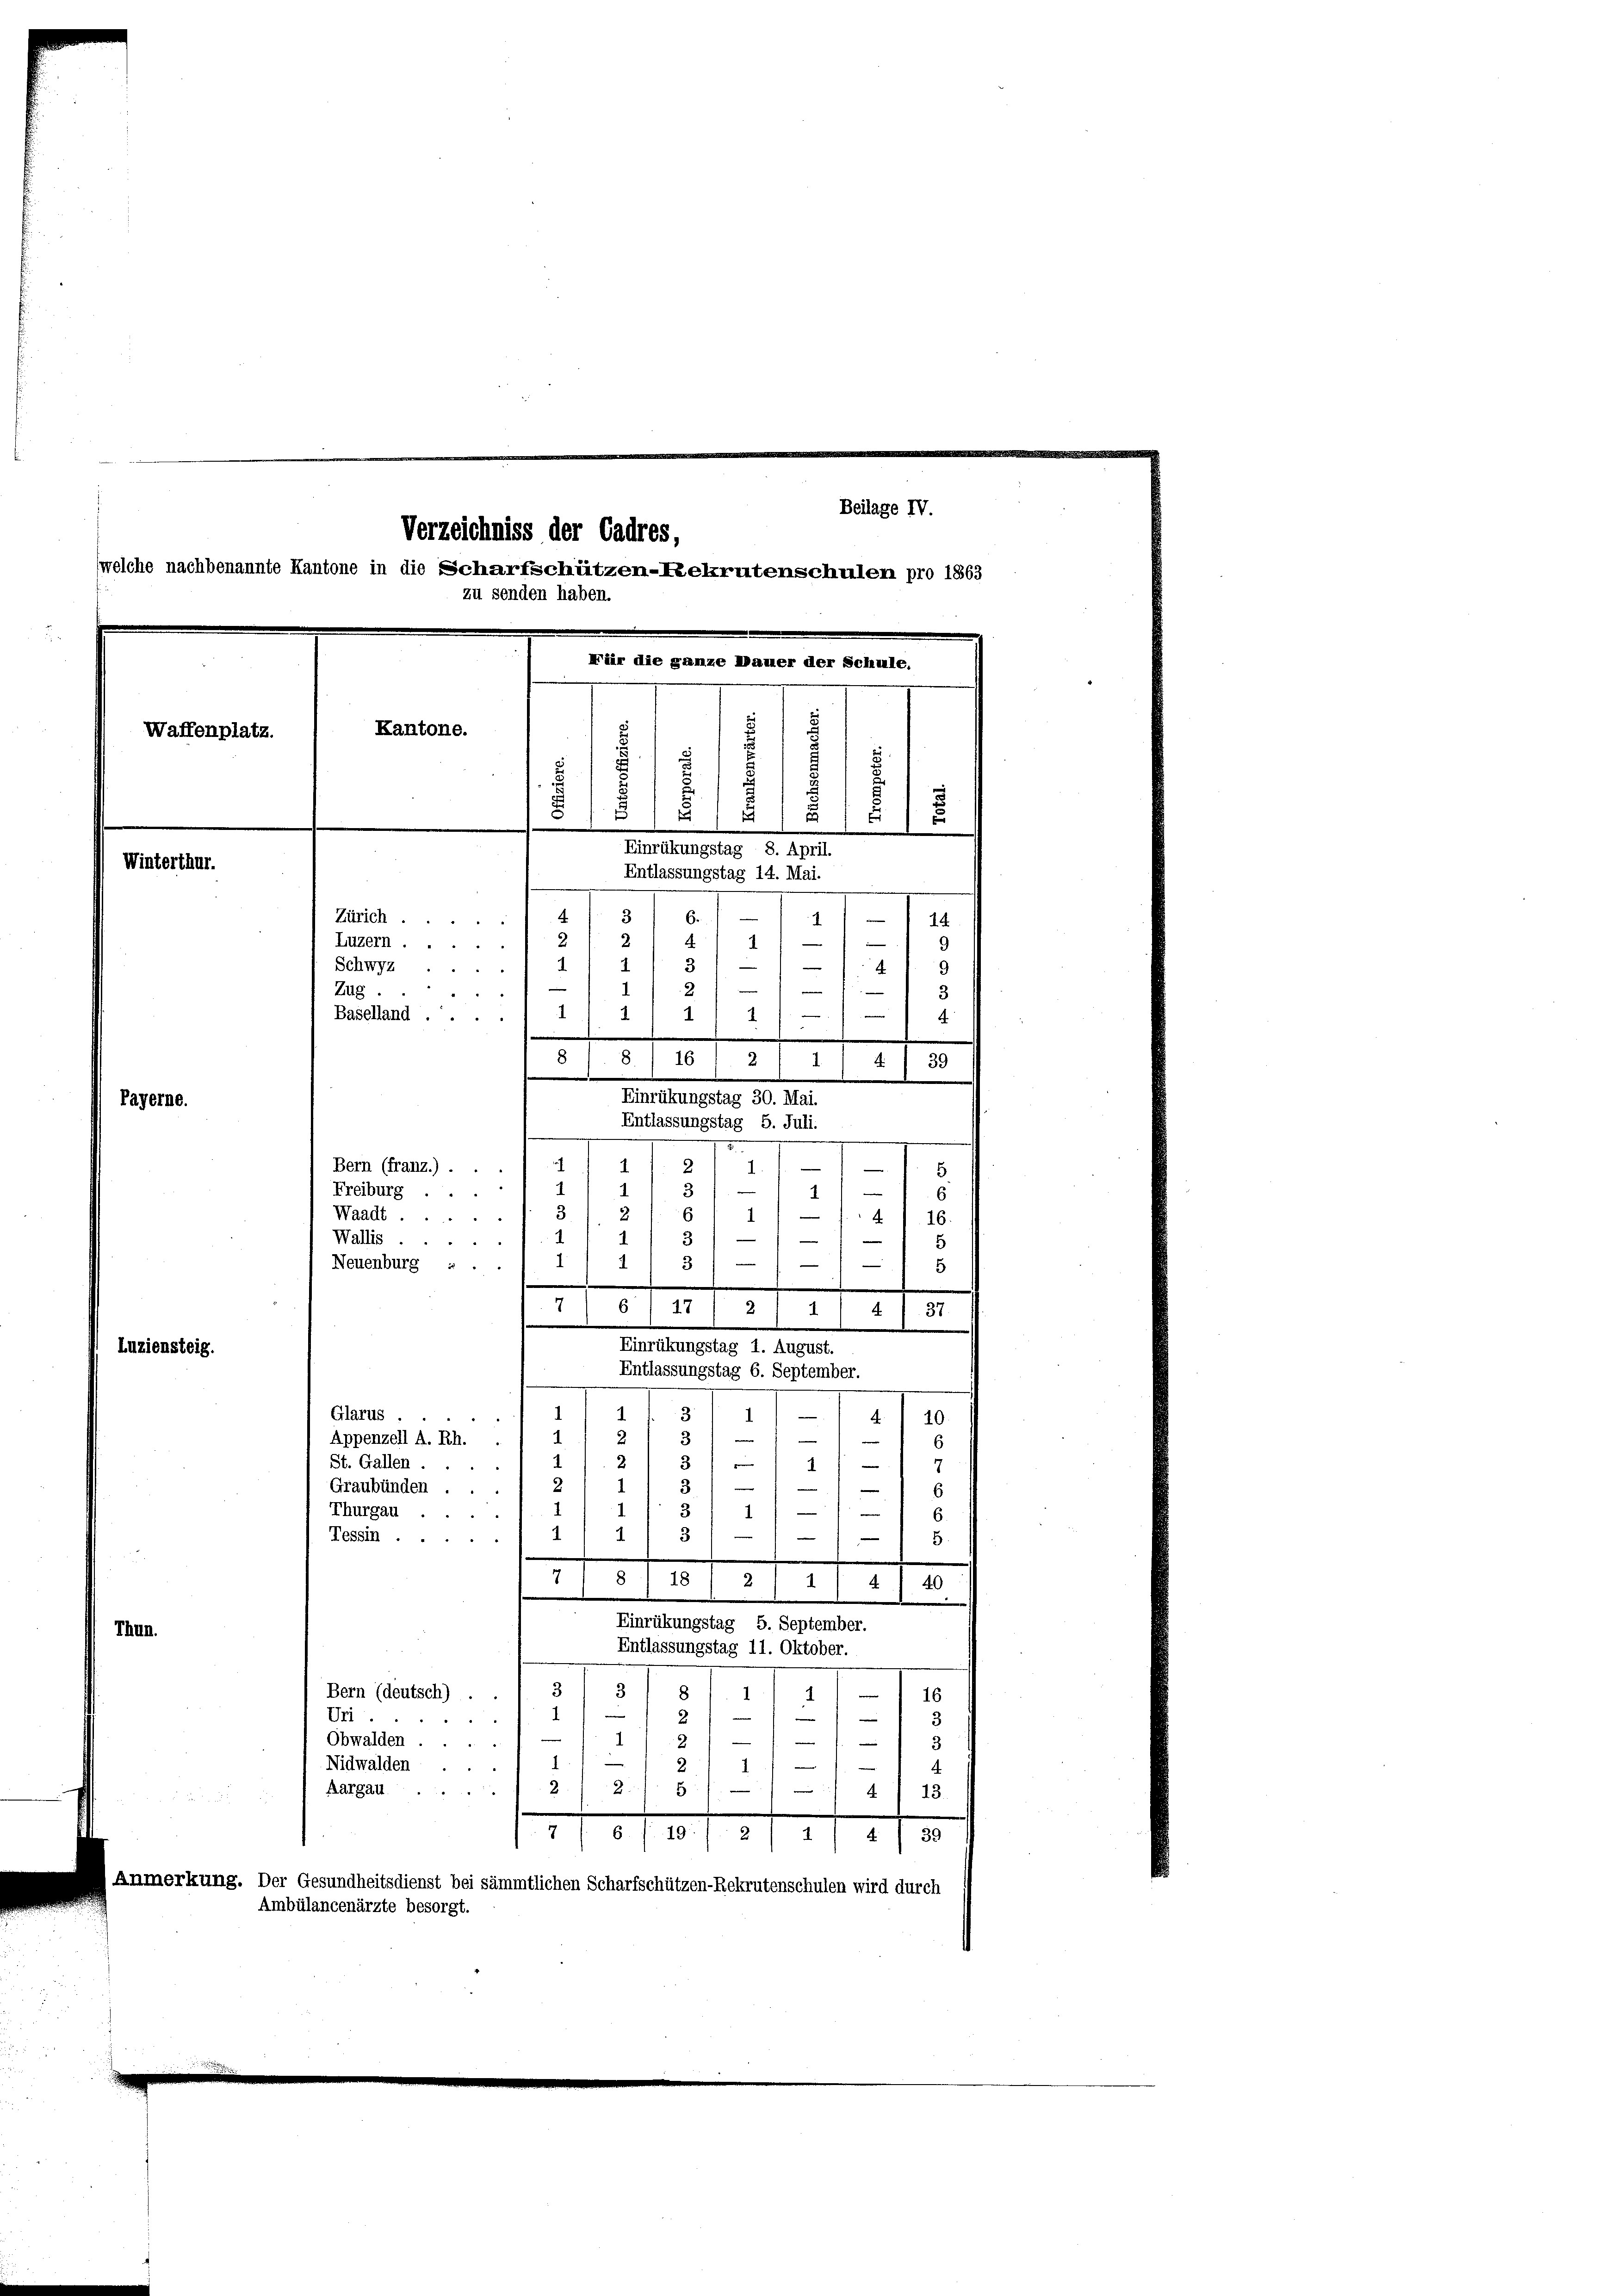
Beilage IV.
Fär die ganze Dauer der Schule.
Kantone.
Waffenplatz.
a
.
¬
f
s
5
Einrükungstag 8. April.
Winterthur.
Entlassungstag 14. Mai.
3
4
.
Zürich.
m
6.
1
14
24
e
44
9
2.
Luzern.
1
Schwyz.
—
4
3
1
e
Zug.
1
f
Baselland 1/ 1
1
e

Verzeichniss der Cadres,
(welche nachbenannte Kantone in die Scharfschützen-Rekrutenschulen pro 1863
zu senden haben.

6 17) 2) 1) 4) 37.
Einrükungstag 1. August.
Entlassungstag 6. September.

8 / 8.) 16 1. 2
39
1
4.
Einrükungstag 30. Mai.
Payerne.
Entlassungstag 5. Juli.
e
d
h
2
I.1.
1
Bern (franz.) ...
.
5
3
Freiburg ..
—
6
1
1
2
4
61
Waadt.
16.
Wallis.
3
e
e
5
.
4
—
Neuenburg . .
5
5
Luziensteig.
1
Glarus.
—
1
1
4. 10.
2.
—
Appenzell A. Rh.
e
6
.
t
1

St. Gallen.
3
n
e
Graubünden.
s
e
1
3
Thurgau .
–
e
3
—
1.
Tessin.
e
5.
7
8/18 / 2/ 1
40
4.
e
Einrükungstag 5. September.
Thun.
Entlassungstag 11. Oktober.
3
Bern (deutsch) .
8
1
11
16
Uri.
2
e
—
3

e
3
—
Obwalden.
Nidwalden
2 1)
4
2
5
Aargau
2
4
13.
4.
.
7
6. f. 19
F 1 39
2
I
Anmerkung. Der Gesundheitsdienst bei sämmtlichen Scharfschützen-Rekrutenschulen wird durch
Ambülancenärzte besorgt.